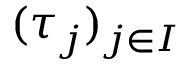
( \tau _ { j } ) _ { j \in I }